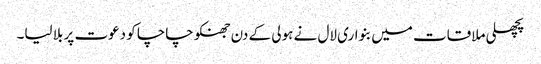
پچھلی ملاقات میں بنواری لال نے ہولی کے دن جھنکو چاچا کو دعوت پر بلا لیا۔